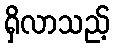
ရှိလာသည့်